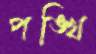
পঙ্খি